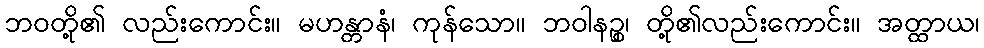
ဘဝတို့၏ လည်းကောင်း။ မဟန္တာနံ၊ ကုန်သော။ ဘဝါနဉ္စ၊ တို့၏လည်းကောင်း။ အတ္ထာယ၊